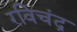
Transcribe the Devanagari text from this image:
रविचंद्र